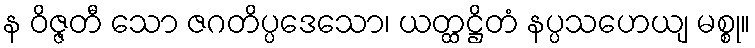
န ဝိဇ္ဇတီ သော ဇဂတိပ္ပဒေသော၊ ယတ္ထဋ္ဌိတံ နပ္ပသဟေယျ မစ္စု။